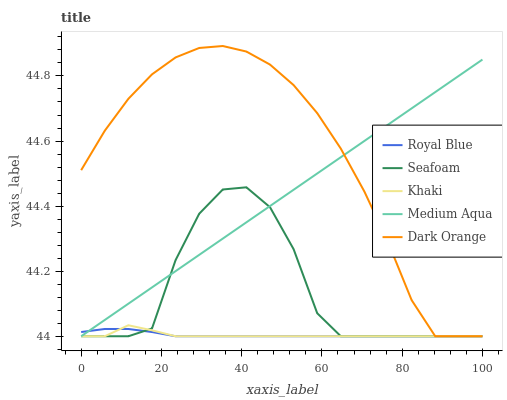
| xaxis_label | Royal Blue | Seafoam | Khaki | Medium Aqua | Dark Orange |
 | --- | --- | --- | --- | --- | --- |
 | 0 | 44 | 44 | 44 | 44 | 44.5 |
 | 5.88 | 44 | 44 | 44 | 44.1 | 44.6 |
 | 11.8 | 44 | 44 | 44 | 44.1 | 44.7 |
 | 17.6 | 44 | 44 | 44 | 44.2 | 44.8 |
 | 23.5 | 44 | 44.2 | 44 | 44.2 | 44.9 |
 | 29.4 | 44 | 44.4 | 44 | 44.3 | 44.9 |
 | 35.3 | 44 | 44.5 | 44 | 44.3 | 44.9 |
 | 41.2 | 44 | 44.5 | 44 | 44.4 | 44.9 |
 | 47.1 | 44 | 44.4 | 44 | 44.4 | 44.8 |
 | 52.9 | 44 | 44.3 | 44 | 44.5 | 44.8 |
 | 58.8 | 44 | 44.1 | 44 | 44.5 | 44.7 |
 | 64.7 | 44 | 44 | 44 | 44.6 | 44.6 |
 | 70.6 | 44 | 44 | 44 | 44.6 | 44.4 |
 | 76.5 | 44 | 44 | 44 | 44.7 | 44.3 |
 | 82.4 | 44 | 44 | 44 | 44.7 | 44.1 |
 | 88.2 | 44 | 44 | 44 | 44.8 | 44 |
 | 94.1 | 44 | 44 | 44 | 44.8 | 44 |
 | 100 | 44 | 44 | 44 | 44.9 | 44 |